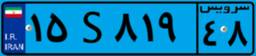
۷۱S۸۸۸۱۵